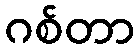
ဂစ်တာ